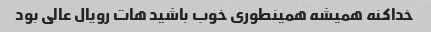
خداکنه همیشه همینطوری خوب باشید هات رویال عالی بود